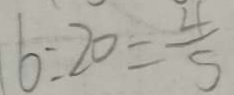
6 : 2 0 = \frac { 4 } { 5 }